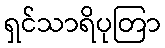
ရှင်သာရိပုတြာ